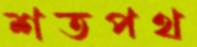
শতপথ